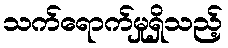
သက်ရောက်မှုရှိသည့်